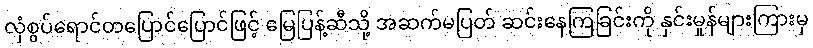
လှံစွပ်ရောင်တပြောင်ပြောင်ဖြင့် မြေပြန့်ဆီသို့ အဆက်မပြတ် ဆင်းနေကြခြင်းကို နှင်းမှုန်များကြားမှ